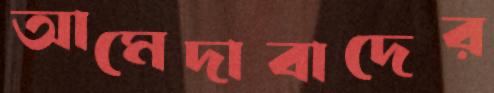
আমেদাবাদের